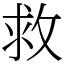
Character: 救